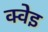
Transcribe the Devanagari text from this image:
क्वेइ